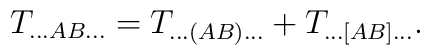
T_{\ldots AB \ldots}= T_{\ldots (AB) \ldots}+T_{\ldots [AB] \ldots}.